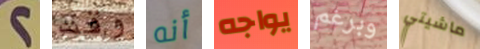
2 وقت أنه يواجه وبرغم ماشيتي